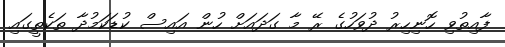
ފާއިތުވި ހޮނިހިރު ދުވަހުގެ ރޭ މާ ގަދައަށް ހުން އައިސް ކުޑަކަމުދާ ތަކެތީގައި